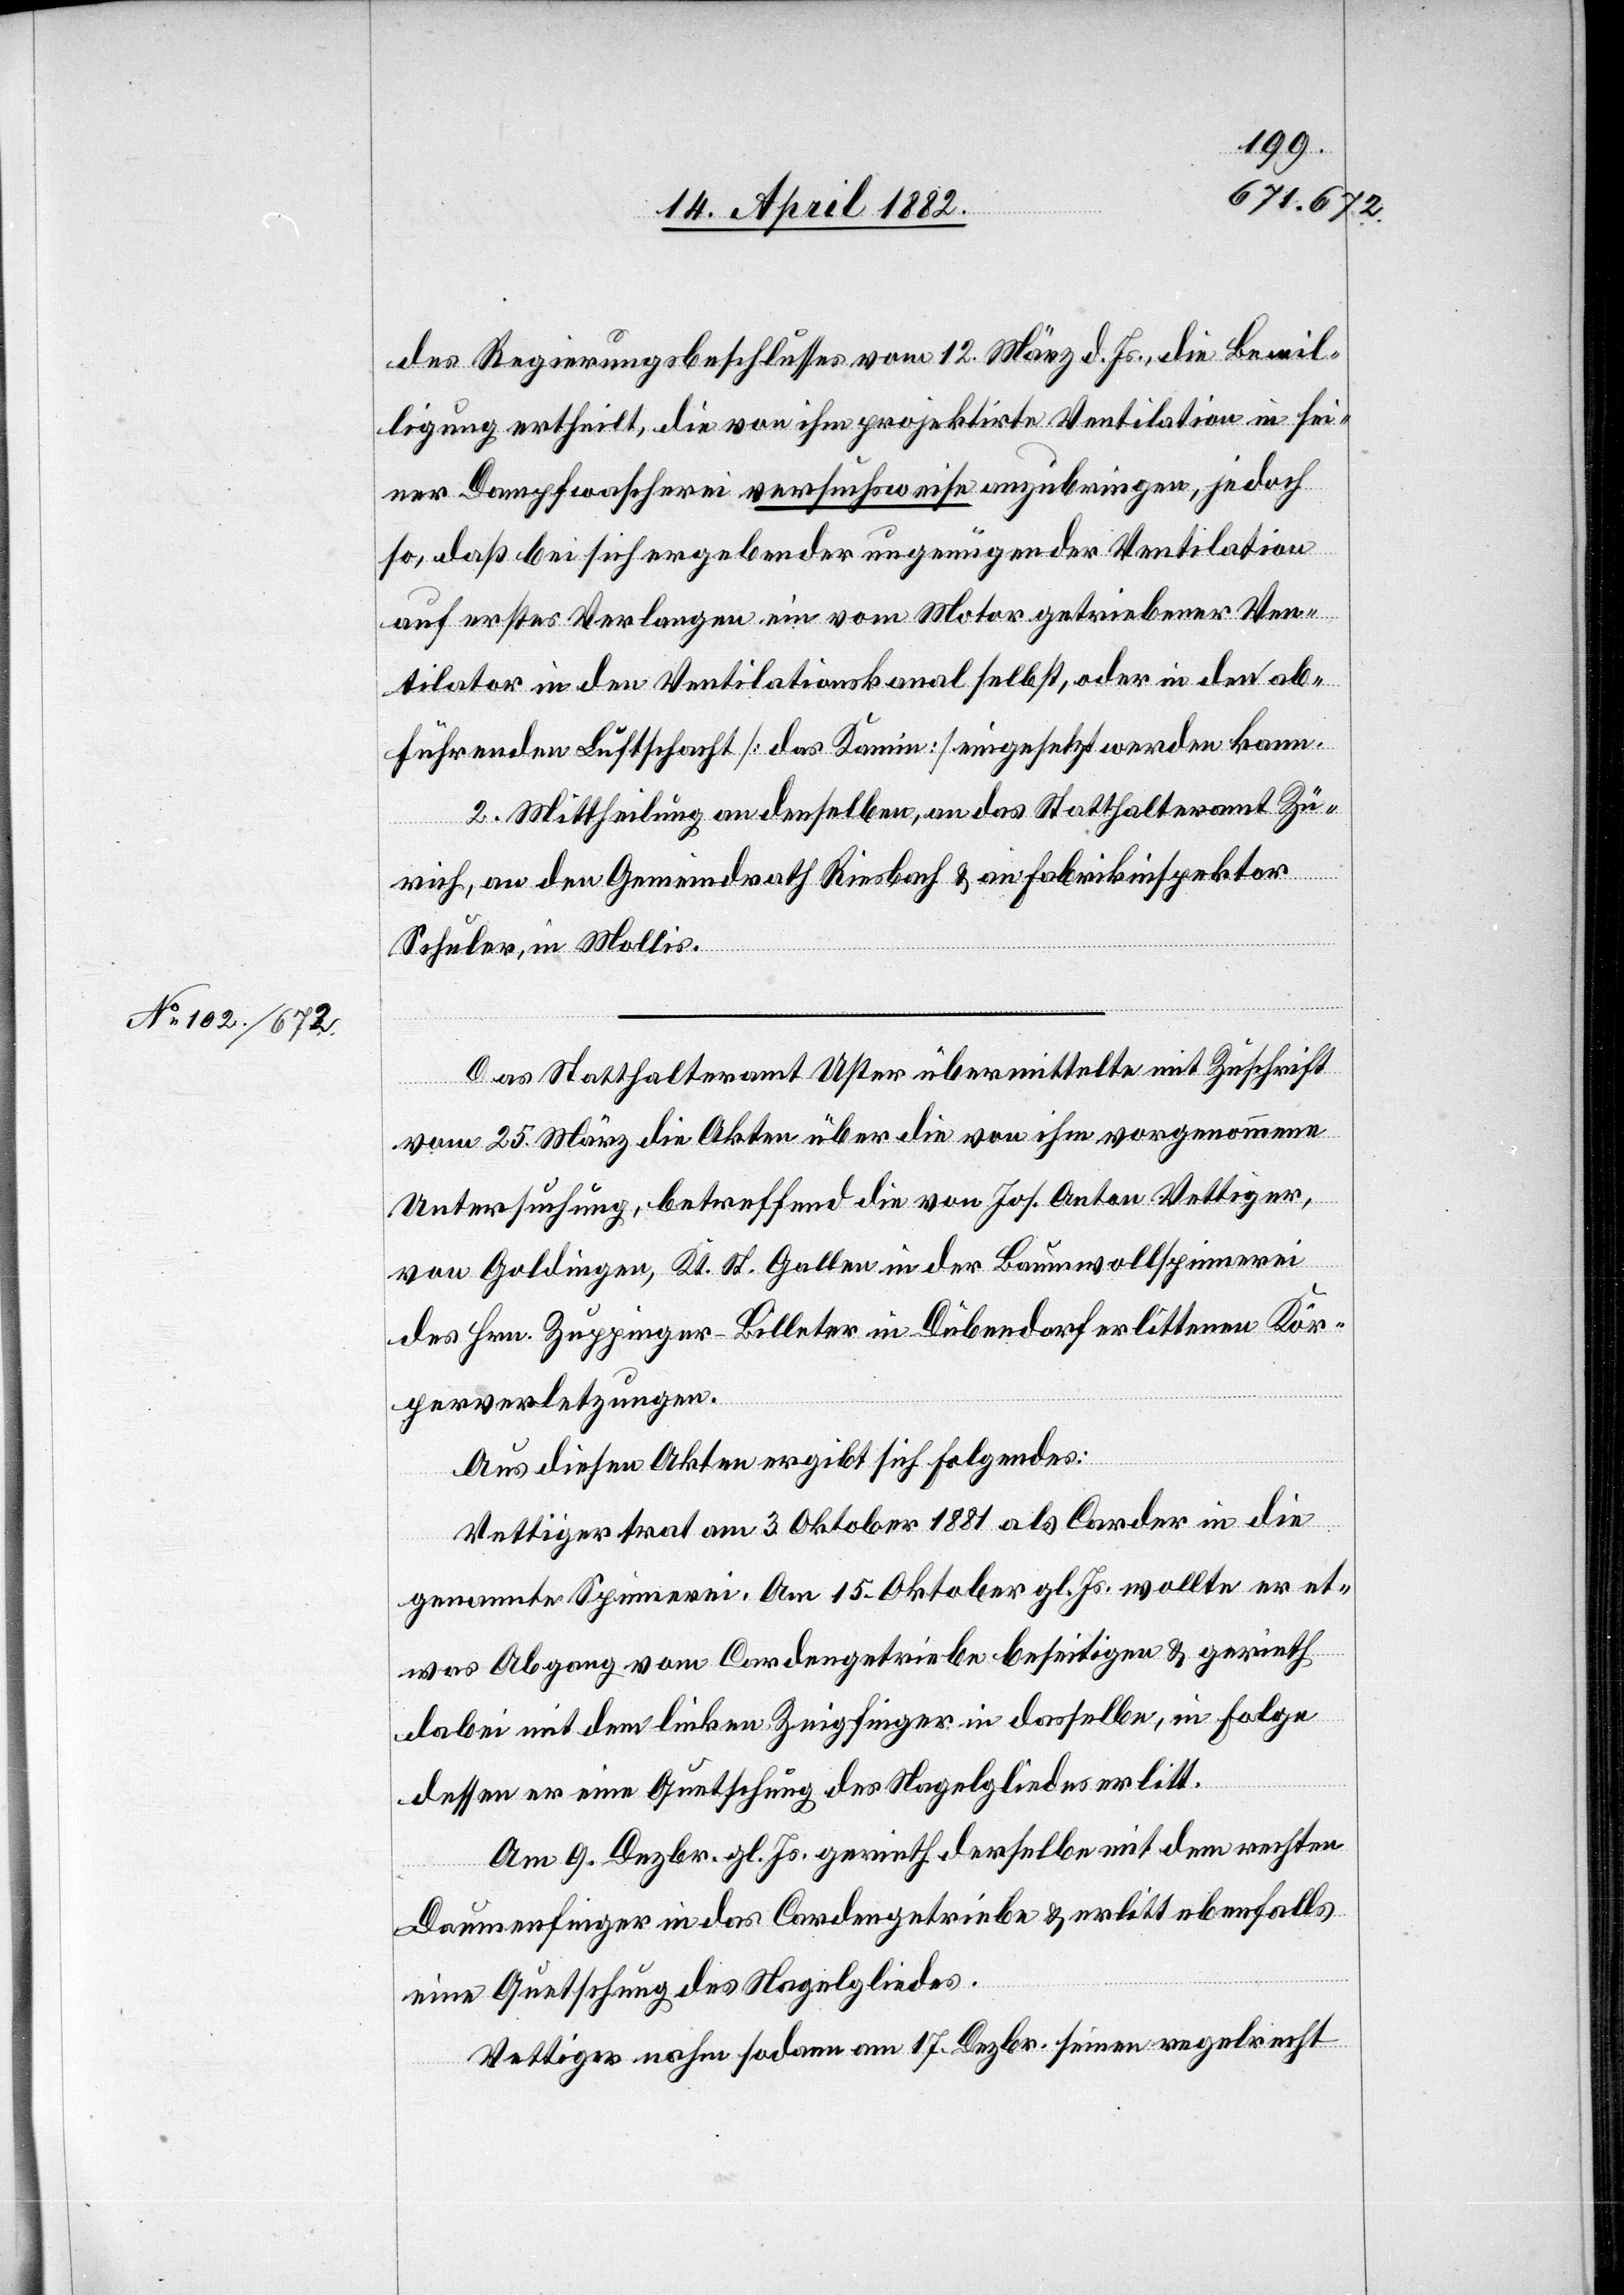
des Regierungsbeschlusses vom 12. März [sic!] d. Js., die Bewil¬
ligung ertheilt, die von ihm projektirte Ventilation in sei¬
ner Dampfwascherei versuchsweise anzubringen, jedoch
so, daß bei sich ergebender ungenügender Ventilation
auf erstes Verlangen ein vom Motor getriebener Ven¬
tilator in den Ventilationskanal selbst, oder in den ab¬
führenden Luftschacht [das Kamin] eingesetzt werden kann.
2. Mittheilung an denselben, an das Statthalteramt Zü¬
rich, an den Gemeindrath Riesbach & an Fabrikinspektor
Schuler, in Mollis.
Das Statthalteramt Uster übermittelte mit Zuschrift
vom 25. März die Akten über die von ihm vorgenommene
Untersuchung, betreffend die von Jos. Anton Vettiger,
von Goldingen, Kt. St. Gallen in der Baumwollspinnerei
des Hrn. Zuppinger-Billeter in Dübendorf erlittenen Kör¬
perverletzungen.
Aus diesen Akten ergibt sich Folgendes:
Vettiger trat am 3. Oktober 1881 als Carder in die
genannte Spinnerei. Am 15. Oktober gl. Js. wollte er et¬
was Abgang vom Cardengetriebe beseitigen & gerieth
dabei mit dem linken Zeigfinger in dasselbe, in Folge
dessen er eine Quetschung des Nagelgliedes erlitt.
Am 9. Dezbr. gl. Js. gerieth derselbe mit dem rechten
Daumenfinger in das Cardengetriebe & erlitt ebenfalls
eine Quetschung des Nagelgliedes.
Vettiger nahm sodann am 17. Dezbr. seinen regelrecht